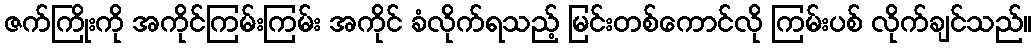
ဇက်ကြိုးကို အကိုင်ကြမ်းကြမ်း အကိုင် ခံလိုက်ရသည့် မြင်းတစ်ကောင်လို ကြမ်းပစ် လိုက်ချင်သည်။